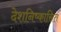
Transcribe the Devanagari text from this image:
देशनिष्कासित